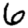
Digit: 6